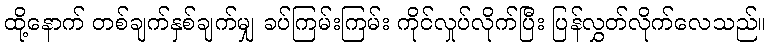
ထို့နောက် တစ်ချက်နှစ်ချက်မျှ ခပ်ကြမ်းကြမ်း ကိုင်လှုပ်လိုက်ပြီး ပြန်လွှတ်လိုက်လေသည်။